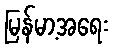
မြန်မာ့အရေး